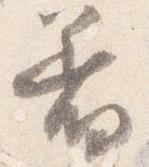
着